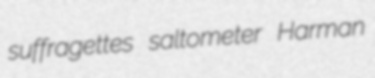
suffragettes saltometer Harman